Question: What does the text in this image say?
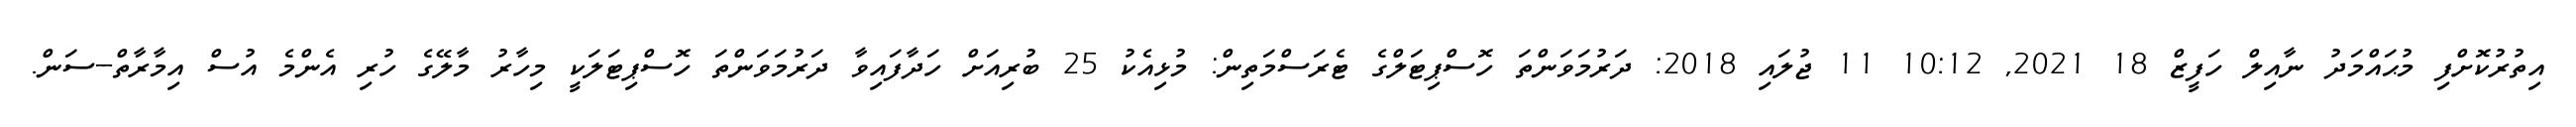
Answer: އިތުރުކޮށްފި މުޙައްމަދު ނާއިލް ހަފީޒް 18 2021, 10:12 11 ޖުލައި 2018: ދަރުމަވަންތަ ހޮސްޕިޓަލްގެ ޓެރަސްމަތިން: މުޅިއެކު 25 ބުރިއަށް ހަދާފައިވާ ދަރުމަވަންތަ ހޮސްޕިޓަލަކީ މިހާރު މާލޭގެ ހުރި އެންމެ އުސް އިމާރާތް--ސަން.